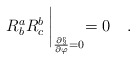
\begin{align*}R^a_bR^b_c\:\biggl |_{\frac{\partial\S}{\partial\varphi}=0}=0\quad .\end{align*}